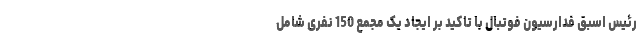
رئیس اسبق فدارسیون فوتبال با تاکید بر ایجاد یک مجمع 150 نفری شامل